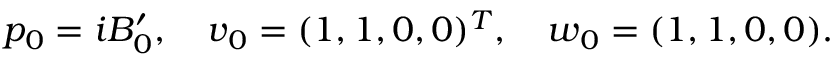
p _ { 0 } = i B _ { 0 } ^ { \prime } , \quad \boldsymbol { v } _ { 0 } = ( 1 , 1 , 0 , 0 ) ^ { T } , \quad \boldsymbol { w } _ { 0 } = ( 1 , 1 , 0 , 0 ) .